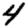
Digit: 4